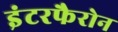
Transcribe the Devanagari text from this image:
इंटरफैरोन